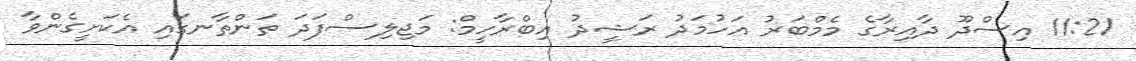
11:21 އިސްދޫ ދާއިރާގެ މެމްބަރު އަހުމަދު ރަޝީދު އިބްރާހީމް: މަޖިލިސްފަދަ ތަންތާނގައި އެކަށީގެންވާ